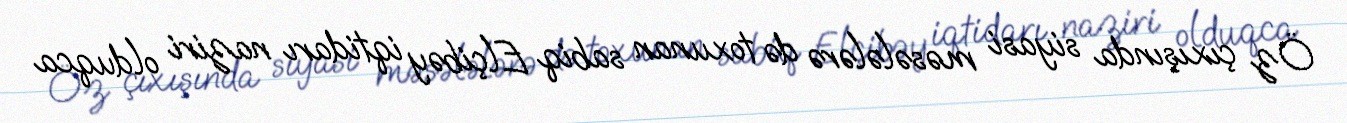
Öz çıxışında siyasi məsələlərə də toxunan sabiq Elçibəy iqtidarı naziri olduqca